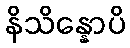
နိသိန္နောပိ